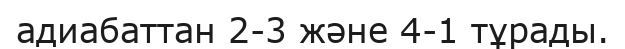
адиабаттан 2-3 және 4-1 тұрады.